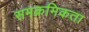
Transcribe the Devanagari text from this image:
समक्रमिकता